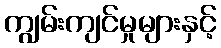
ကျွမ်းကျင်မှုများနှင့်